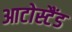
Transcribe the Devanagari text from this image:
आटोस्टैंड